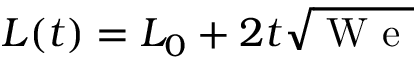
L ( t ) = L _ { 0 } + 2 t \sqrt { \mathrm { ~ W ~ e ~ } }